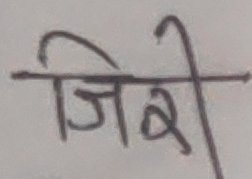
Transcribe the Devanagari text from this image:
जिरी